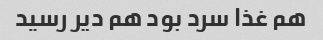
هم غذا سرد بود هم دیر رسید